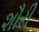
શૌરી